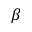
\beta